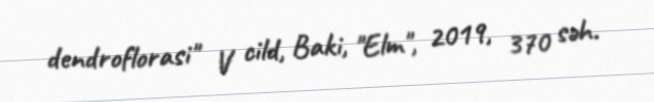
dendroflorasi" V cild, Baki, "Elm", 2019, 370 səh.